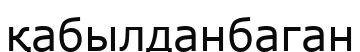
қабылданбаган